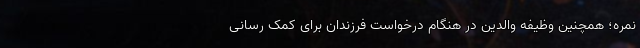
نمره؛ همچنین وظیفه والدین در هنگام درخواست فرزندان برای کمک رسانی